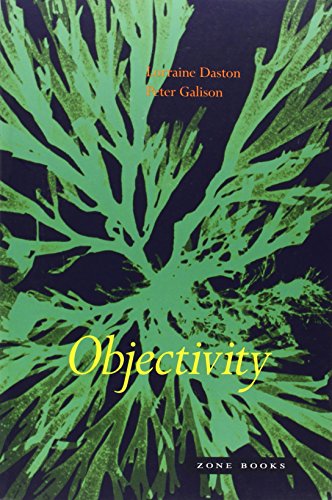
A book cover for Objectivity; Lorraine J. Daston; Politics & Social Sciences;